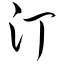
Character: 汀